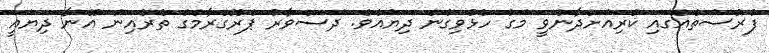
ފުރުސަތެއްގައި ކުރިއަށްދާންވީ މަގު ހުޅުވިގެން ދިޔައެވެ. ދަސްވާރު ޕްރޮގްރާމްގެ ތެރެއިން އޭނާ ދިޔައީ